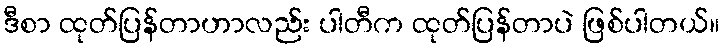
ဒီစာ ထုတ်ပြန်တာဟာလည်း ပါတီက ထုတ်ပြန်တာပဲ ဖြစ်ပါတယ်။